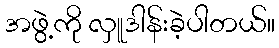
အဖွဲ့ကို လှူဒါန်းခဲ့ပါတယ်။